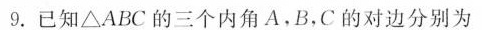
9.已知△ABC的三个内角A.B，C的对边分别为